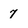
Character: 7